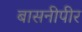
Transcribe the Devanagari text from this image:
बासनीपीर